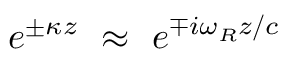
e ^ { \pm \kappa z } ~ \approx ~ e ^ { \mp i \omega _ { R } z / c }